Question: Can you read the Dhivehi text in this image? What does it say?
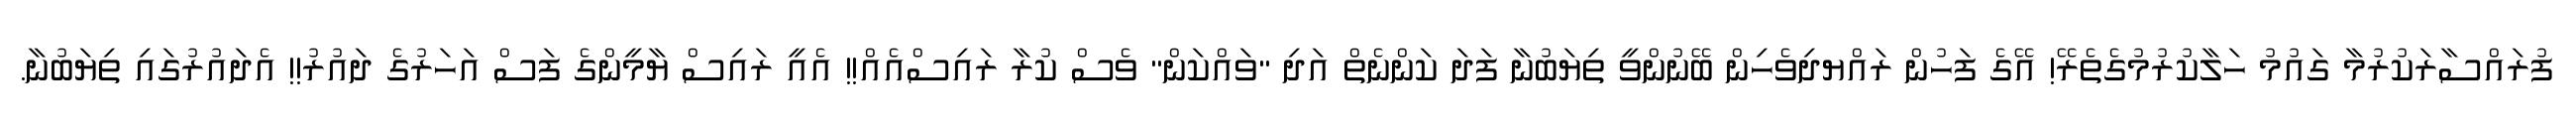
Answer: ފުރައްސާރަކުރުމާ ގައުމު ހަލާކުރުމުގެތެރޭ! އޭގެ ފަހުން ރައްޔދިވެހިން ބޭނުންވީ ތިޔަބުނާ ފަދަ ކަންނެތް އަދި "ވައްކަން" ވެސް ކުރާ ރައިސްއެއް!! އެއީ ރައިސް ޔާމީންގެ ފަސް އަހަރުގެ ދައުރު!! އެދައުރުގައި ތިޔަބުނާ.